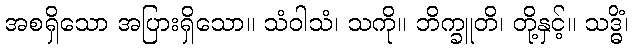
အစရှိသော အပြားရှိသော။ သံဝါသံ၊ သကို။ ဘိက္ခူတိ၊ တို့နှင့်။ သဒ္ဓိံ၊